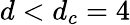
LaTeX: d<d_{c}=4